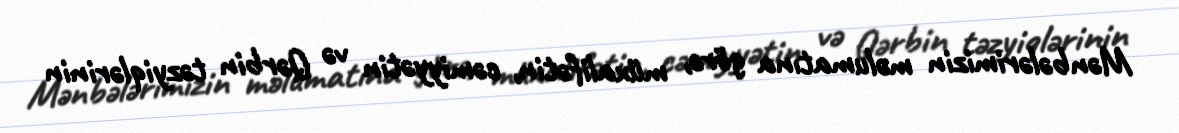
Mənbələrimizin məlumatına görə, müxalifətin, cəmiyyətin və Qərbin təzyiqlərinin